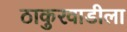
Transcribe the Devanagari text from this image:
ठाकुरवाडीला